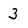
Character: 3